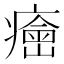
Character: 𤺠